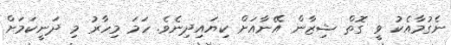
ނެގުމާއެކު ވީ ގޮތް ޝިޒާން އޭނާއަށް ކިޔައިދިނެވެ. ހަމަ މިހާރު މި ދަނީކަމަށް